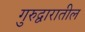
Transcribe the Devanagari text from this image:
गुरुद्वारातील